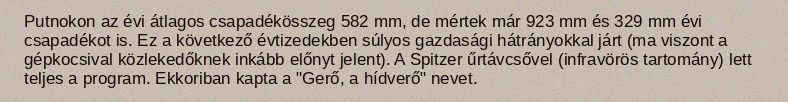
Putnokon az évi átlagos csapadékösszeg 582 mm, de mértek már 923 mm és 329 mm évi csapadékot is. Ez a következő évtizedekben súlyos gazdasági hátrányokkal járt (ma viszont a gépkocsival közlekedőknek inkább előnyt jelent). A Spitzer űrtávcsővel (infravörös tartomány) lett teljes a program. Ekkoriban kapta a "Gerő, a hídverő" nevet.